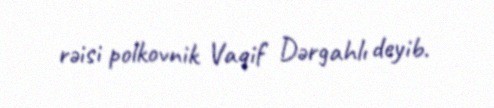
rəisi polkovnik Vaqif Dərgahlı deyib.